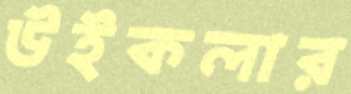
উইকলার